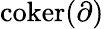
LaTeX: {\mathrm{coker}}(\partial)